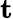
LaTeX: \mathbf t